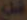
فل